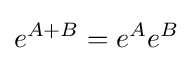
e^{A+B}=e^{A}e^{B}